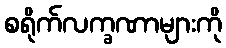
စရိုက်လက္ခဏာများကို